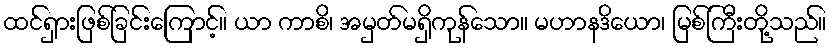
ထင်ရှားဖြစ်ခြင်းကြောင့်။ ယာ ကာစိ၊ အမှတ်မရှိကုန်သော။ မဟာနဒိယော၊ မြစ်ကြီးတို့သည်။